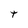
Character: T